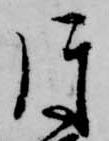
片